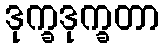
ဒုက္ခဒုက္ခတာ